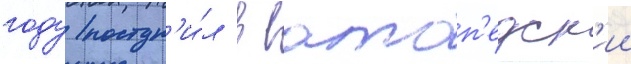
году поступ'и́л в ватоп'едск'ии